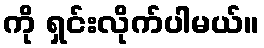
ကို ရှင်းလိုက်ပါမယ်။